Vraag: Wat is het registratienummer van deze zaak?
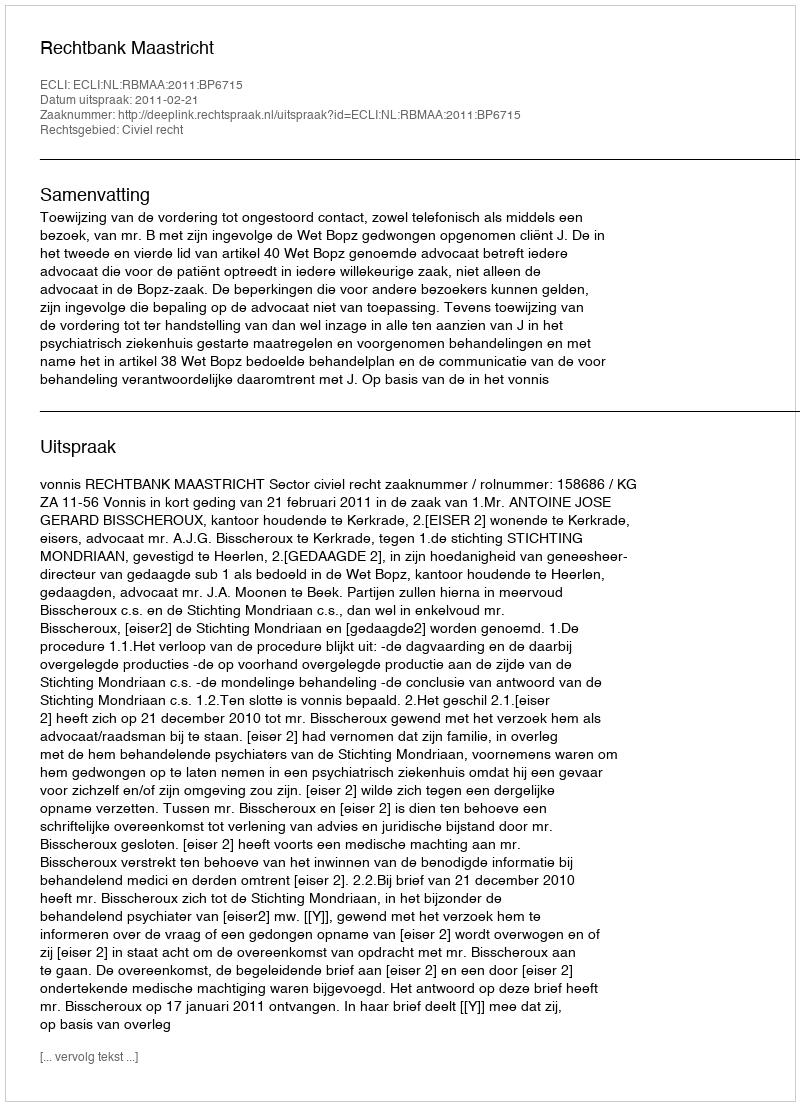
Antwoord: http://deeplink.rechtspraak.nl/uitspraak?id=ECLI:NL:RBMAA:2011:BP6715